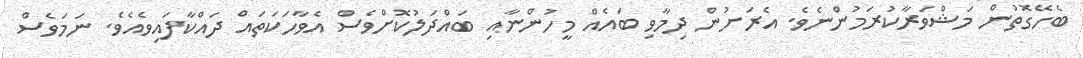
ބެހޭގޮތުން މަޝްވަރާކުރަމުންނެވެ. އެރަށުން ދިމާވި ބައެއް މީހުންނާއި ބައްދަލުކޮށްވެސް އެވާހަކަތައް ދައްކާފައިވެއެވެ. ނަމަވެސް